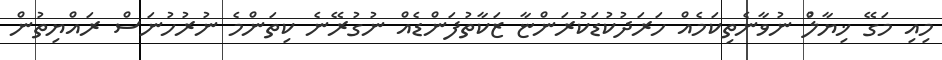
މިއި މަގޭ ޚިޔާލްު ނުވާނެތިކަމެއް ހަރަދުކުޑަކުރަންޏާ ޒަކާތުފަންޑެއް ނުގުރޭނެ ކިތަންމެ ނުރުހުނަސް ރައްޔިތުން